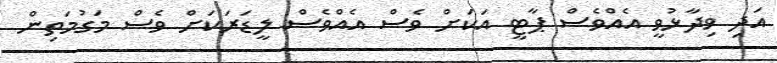
އަދި ވިދާޅުވީ އެއްވެސް ޕާޓީ އަކަށް ވެސް އެއްވެސް ލީޑަރަކަށް ވެސް މަގުމަތިން